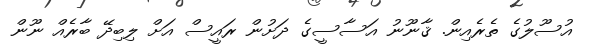
އުސޫލުގެ ތެރެއިން. ޤާނޫނު އަސާސީގެ ދަށުން ރައީސް އަށް ލިބިދޭ ބާރެއް ނޫން